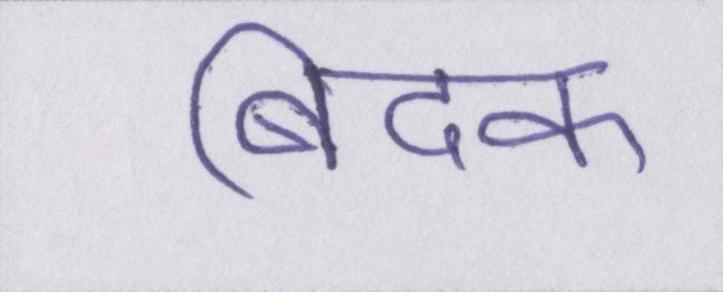
बिदक